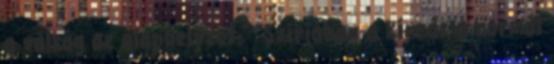
a válság az alaphelyzet." "Szíriában a kínzás a normál